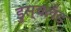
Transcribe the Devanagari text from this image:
डुस्चलँड